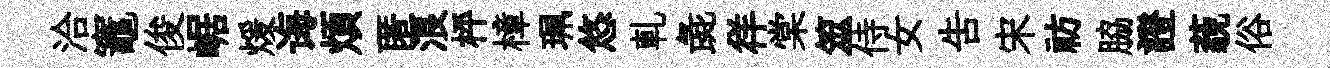
洽竈俊崌煖诲煩匿浪枰樟珮悠軋彘徉棠筮侍女吿宋祊脇證藐俗